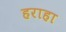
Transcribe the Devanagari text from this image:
हराहा